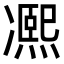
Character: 𠘕